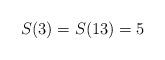
LaTeX: \begin{align*}S(3) = S(13) = 5\end{align*}